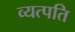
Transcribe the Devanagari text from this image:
व्यत्पति